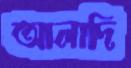
আলাদি